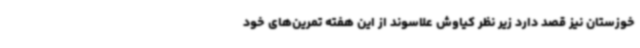
خوزستان نیز قصد دارد زیر نظر کیاوش علاسوند از این هفته تمرین‌های خود